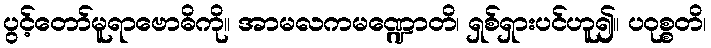
ပွင့်တော်မူရာဗောဓိကို။ အာမလကမဏ္ဍောတိ၊ ရှစ်ရှားပင်ဟူ၍။ ပဝုစ္စတိ၊